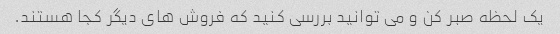
یک لحظه صبر کن و می توانید بررسی کنید که فروش های دیگر کجا هستند.